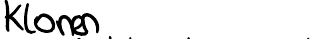
Klonen